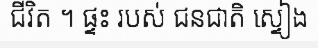
ជីវិត ។ ផ្ទះ របស់ ជនជាតិ ស្ទៀង